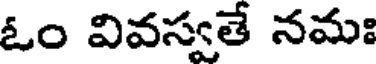
ఓం వివస్వతే నమః